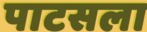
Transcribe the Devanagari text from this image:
पाटसला